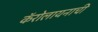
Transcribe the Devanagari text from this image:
कॅरोलायनाची